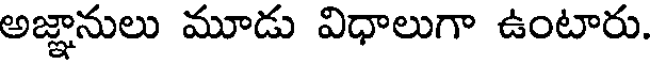
అజ్ఞానులు మూడు విధాలుగా ఉంటారు.